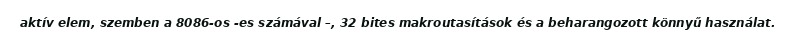
aktív elem, szemben a 8086-os -es számával –, 32 bites makroutasítások és a beharangozott könnyű használat.